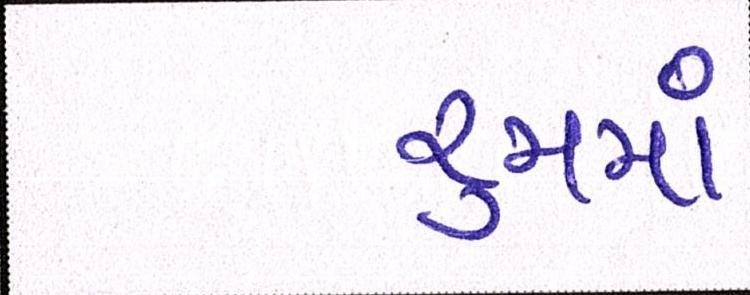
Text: રૃમમાં